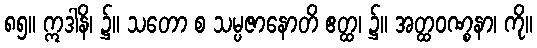
၈၅။ ဣဒါနိ၊ ၌။ သတော စ သမ္ပဇာနောတိ ဧတ္ထ၊ ၌။ အတ္ထဝဏ္စနာ၊ ကို။